Civil Veterinary Dept. North-West Frontier Province 1933-46 - 1933-1946
Year: 1933
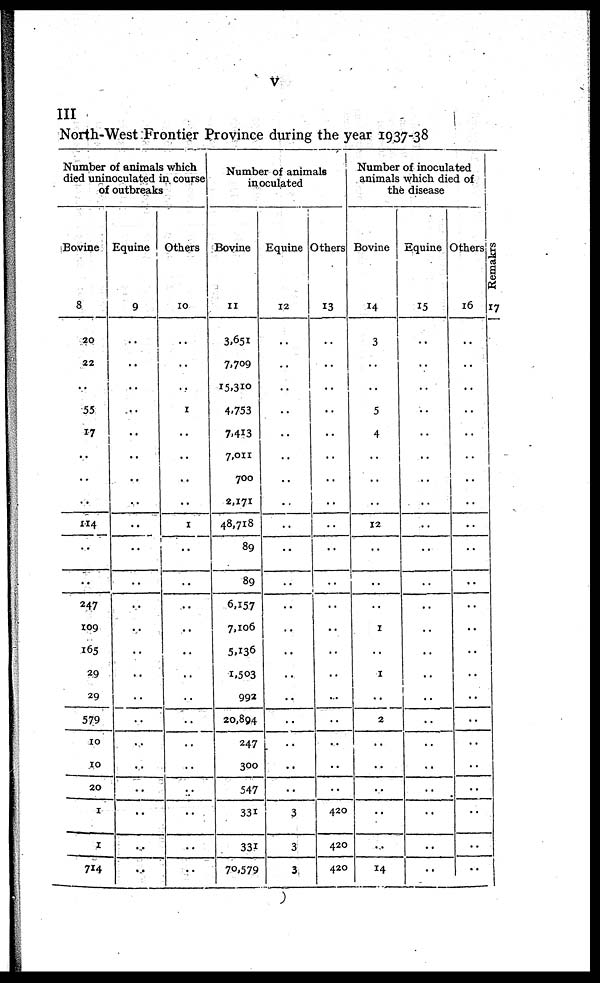
V
III
North-West Frontier Province during the year 1937-38
Number of animals which
died uninoculated in course
of outbreaks
Bovine
8
20
22
..
55
17
..
..
..
114
..
..
247
109
165
29
29
579
10
10
20
1
1
714
Equine
9
..
..
..
..
..
..
..
..
..
..
..
..
..
..
..
..
..
..
..
..
..
..
..
Others
10
..
..
..
1
..
..
..
..
1
..
..
..
..
..
..
..
..
..
..
..
..
..
Number of animals
inoculated
Bovine
11
3,651
7,709
15,310
4,753
7,413
7,011
700
2,171
48,718
89
89
6,157
7,106
5,136
1,503
992
20,894
247
300
547
331
331
70,579
Equine
12
..
..
..
..
..
..
..
..
..
..
..
...
..
..
..
...
..
..
..
..
3
3
3
Others
13
..
..
..
..
..
..
..
..
..
..
..
..
..
..
..
..
..
..
..
..
420
420
420
Number of inoculated
animals which died of
the disease
Bovine
14
3
..
..
5
4
..
..
..
12
..
..
..
1
..
1
..
2
..
..
..
..
..
14
Equine
15
..
..
..
..
..
..
..
..
..
..
..
..
..
..
..
..
..
..
..
..
..
..
..
Others
16
..
..
..
..
..
..
..
..
..
..
..
..
..
..
..
..
..
..
..
..
..
..
..
Re ma k r
s
17